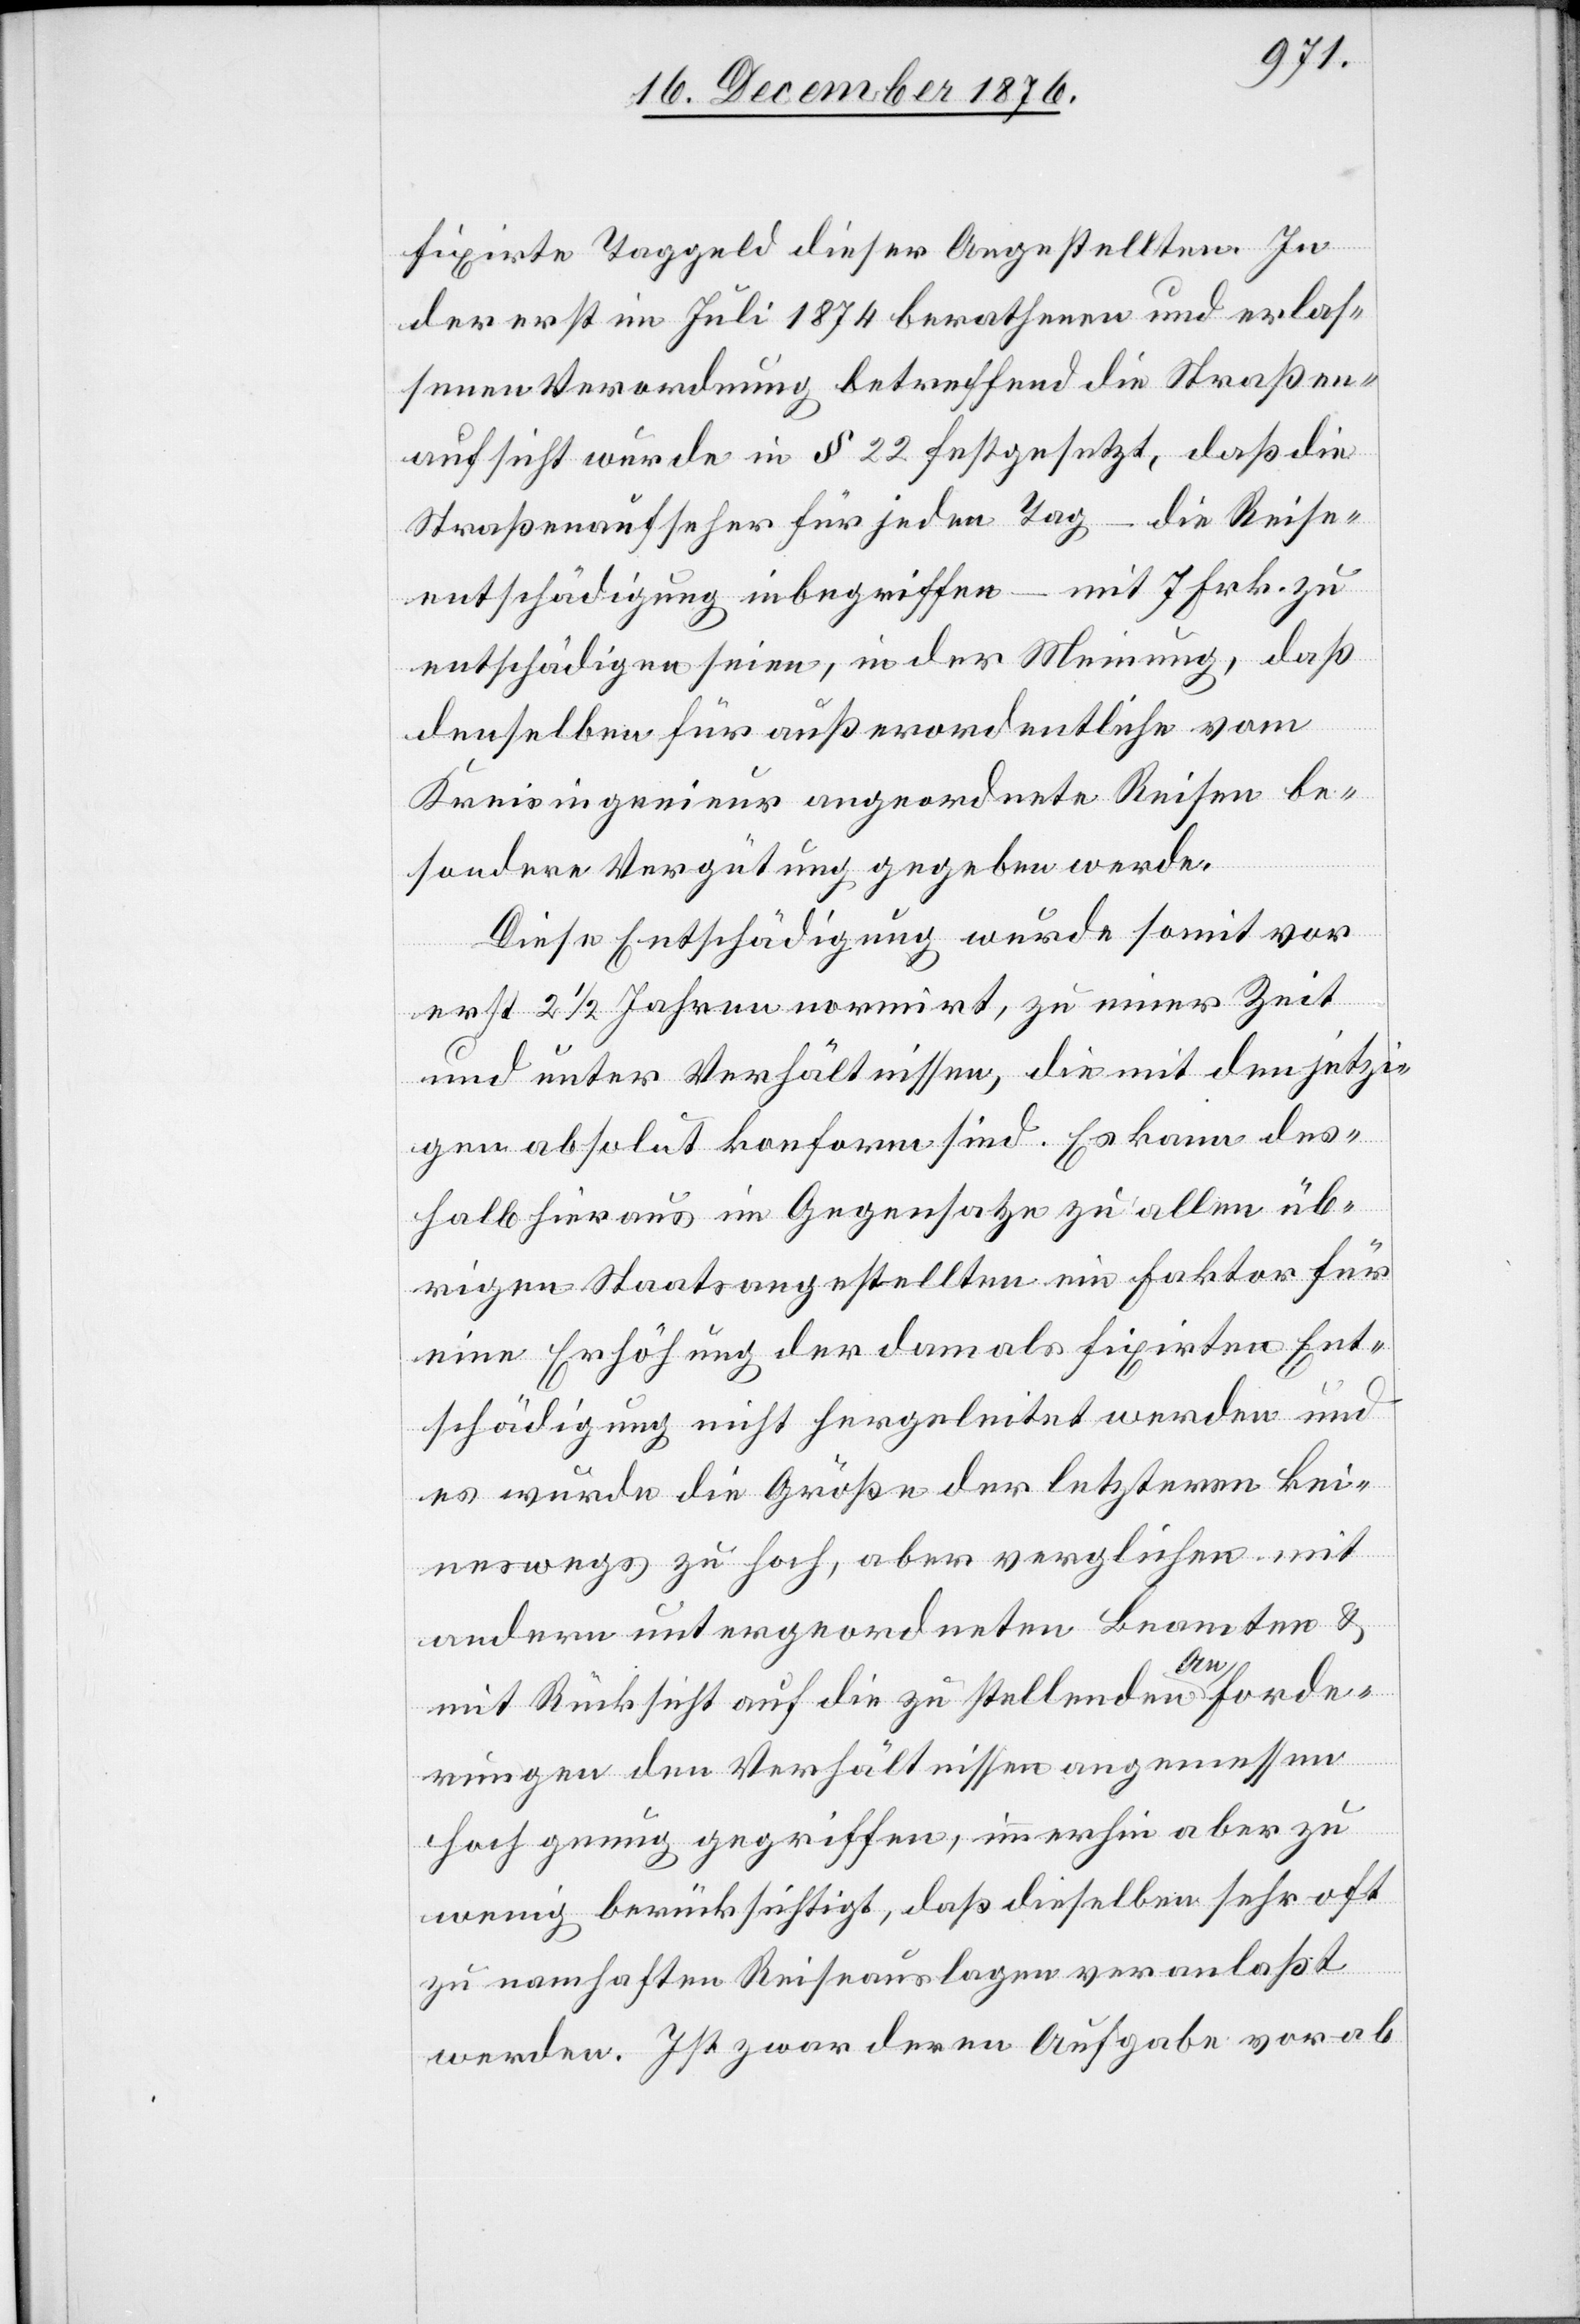
fixirte Taggeld dieser Angestellten. In
der erst im Juli 1874 berathenen und erlas¬
senen Verordnung betreffend die Straßen¬
aufsicht wurde in § 22 festgesetzt, daß die
Straßenaufseher für jeden Tag – die Reise¬
entschädigung inbegriffen – mit 7 Frk. zu
entschädigen seien, in der Meinung, daß
denselben für außerordentliche vom
Kreisingenieur angeordnete Reisen be¬
sondere Vergütung gegeben werde.
Diese Entschädigung wurde somit vor
erst 2 1/2 Jahren normirt, zu einer Zeit
und unter Verhältnissen, die mit den jetzi¬
gen absolut konform sind. Es kann des¬
halb hieraus im Gegensatze zu allen üb¬
rigen Staatsangestellten ein Faktor für
eine Erhöhung der damals fixirten Ent¬
schädigung nicht hergeleitet werden und
es wurde die Größe der letzteren kei¬
neswegs zu hoch, aber verglichen mit
andern untergeordneten Beamten &
mit Rücksicht auf die zu stellenden Anforde¬
rungen den Verhältnissen angemessen
hoch genug gegriffen, immerhin aber zu
wenig berücksichtigt, daß dieselben sehr oft
zu namhaften Reiseauslagen veranlaßt
werden. Ist zwar deren Aufgabe vorab